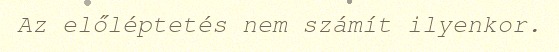
Az előléptetés nem számít ilyenkor.